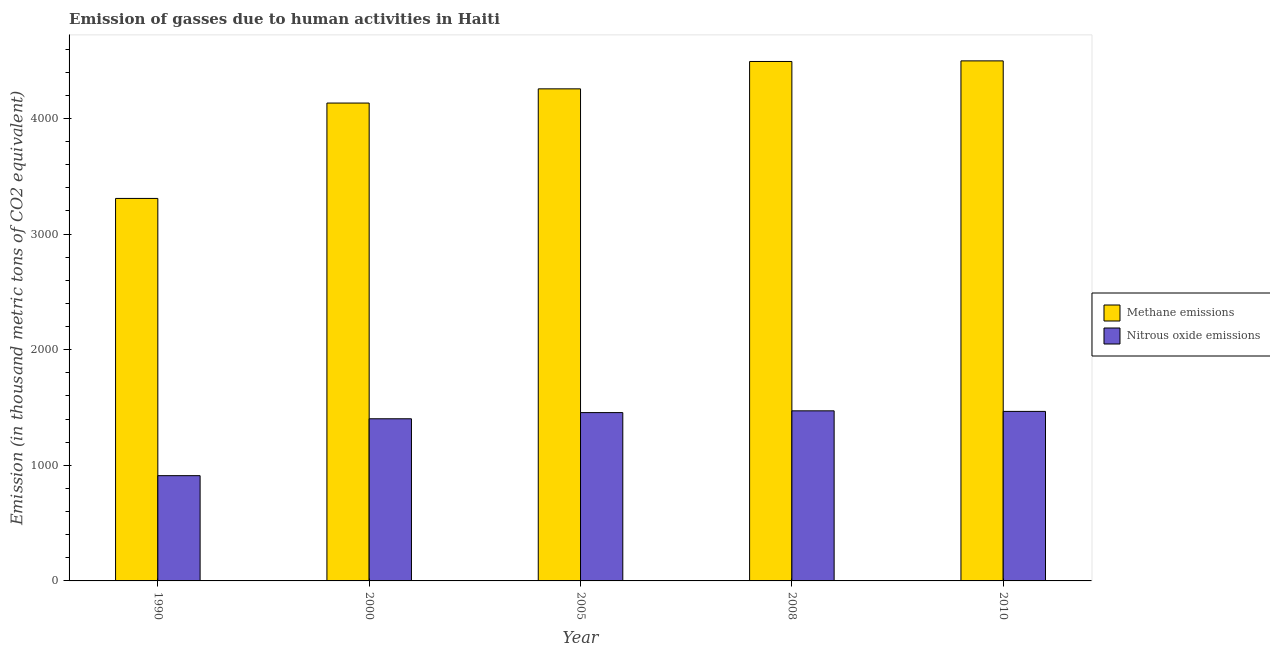
| Year | Methane emissions | Nitrous oxide emissions |
 | --- | --- | --- |
 | 1990 | 3.31e+03 | 910 |
 | 2000 | 4.13e+03 | 1.4e+03 |
 | 2005 | 4.26e+03 | 1.46e+03 |
 | 2008 | 4.49e+03 | 1.47e+03 |
 | 2010 | 4.5e+03 | 1.47e+03 |